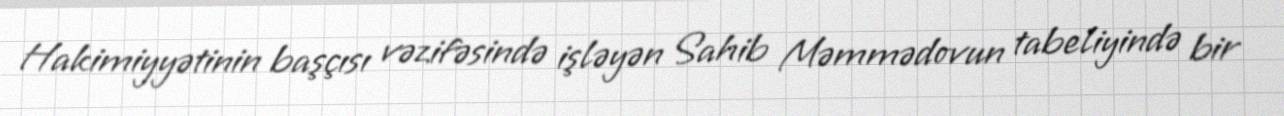
Hakimiyyətinin başçısı vəzifəsində işləyən Sahib Məmmədovun tabeliyində bir